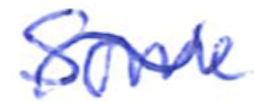
Text: Some
Cross-out: mix
Writing tool: ballpoint